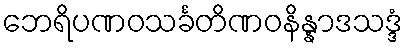
ဘေရိပဏဝသင်္ခတိဏဝနိန္နာဒသဒ္ဒံ